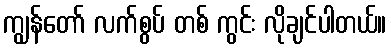
ကျွန်တော် လက်စွပ် တစ် ကွင်း လိုချင်ပါတယ်။